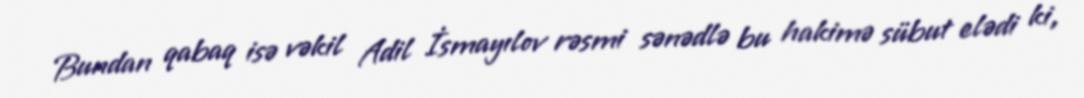
Bundan qabaq isə vəkil Adil İsmayılov rəsmi sənədlə bu hakimə sübut elədi ki,